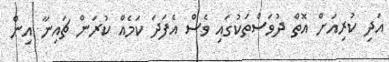
އަދި ކުރިއަށް އޮތް ދުވަސްތަކުގައި ވެސް އެފަދަ ކަމެއް ކުރަން ޗައިނާ އިން